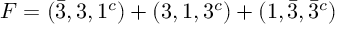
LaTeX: F = ( \bar { 3 } , 3 , 1 ^ { c } ) + ( 3 , 1 , 3 ^ { c } ) + ( 1 , \bar { 3 } , \bar { 3 } ^ { c } )